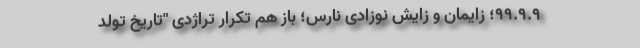
۹۹.۹.۹؛ زایمان و زایش نوزادی نارس؛ باز هم تکرار تراژدی "تاریخ تولد